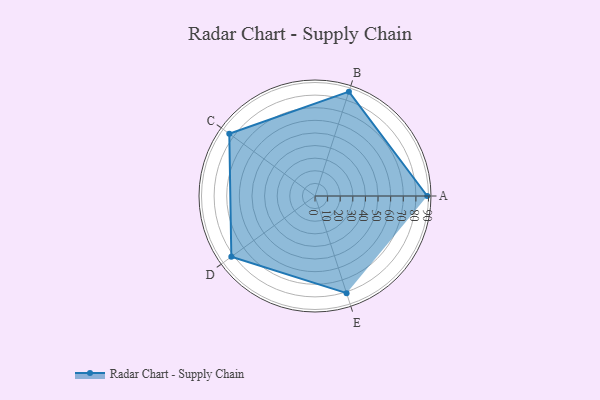
{"axis": {"x": "Skill", "y": "Score"}, "legend": ["Profile"], "data": [{"x": "A", "y": 89.0, "type": "Profile"}, {"x": "B", "y": 87.0, "type": "Profile"}, {"x": "C", "y": 84.0, "type": "Profile"}, {"x": "D", "y": 82.0, "type": "Profile"}, {"x": "E", "y": 81.0, "type": "Profile"}]}